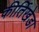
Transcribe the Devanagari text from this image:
कीर्तिखेडा